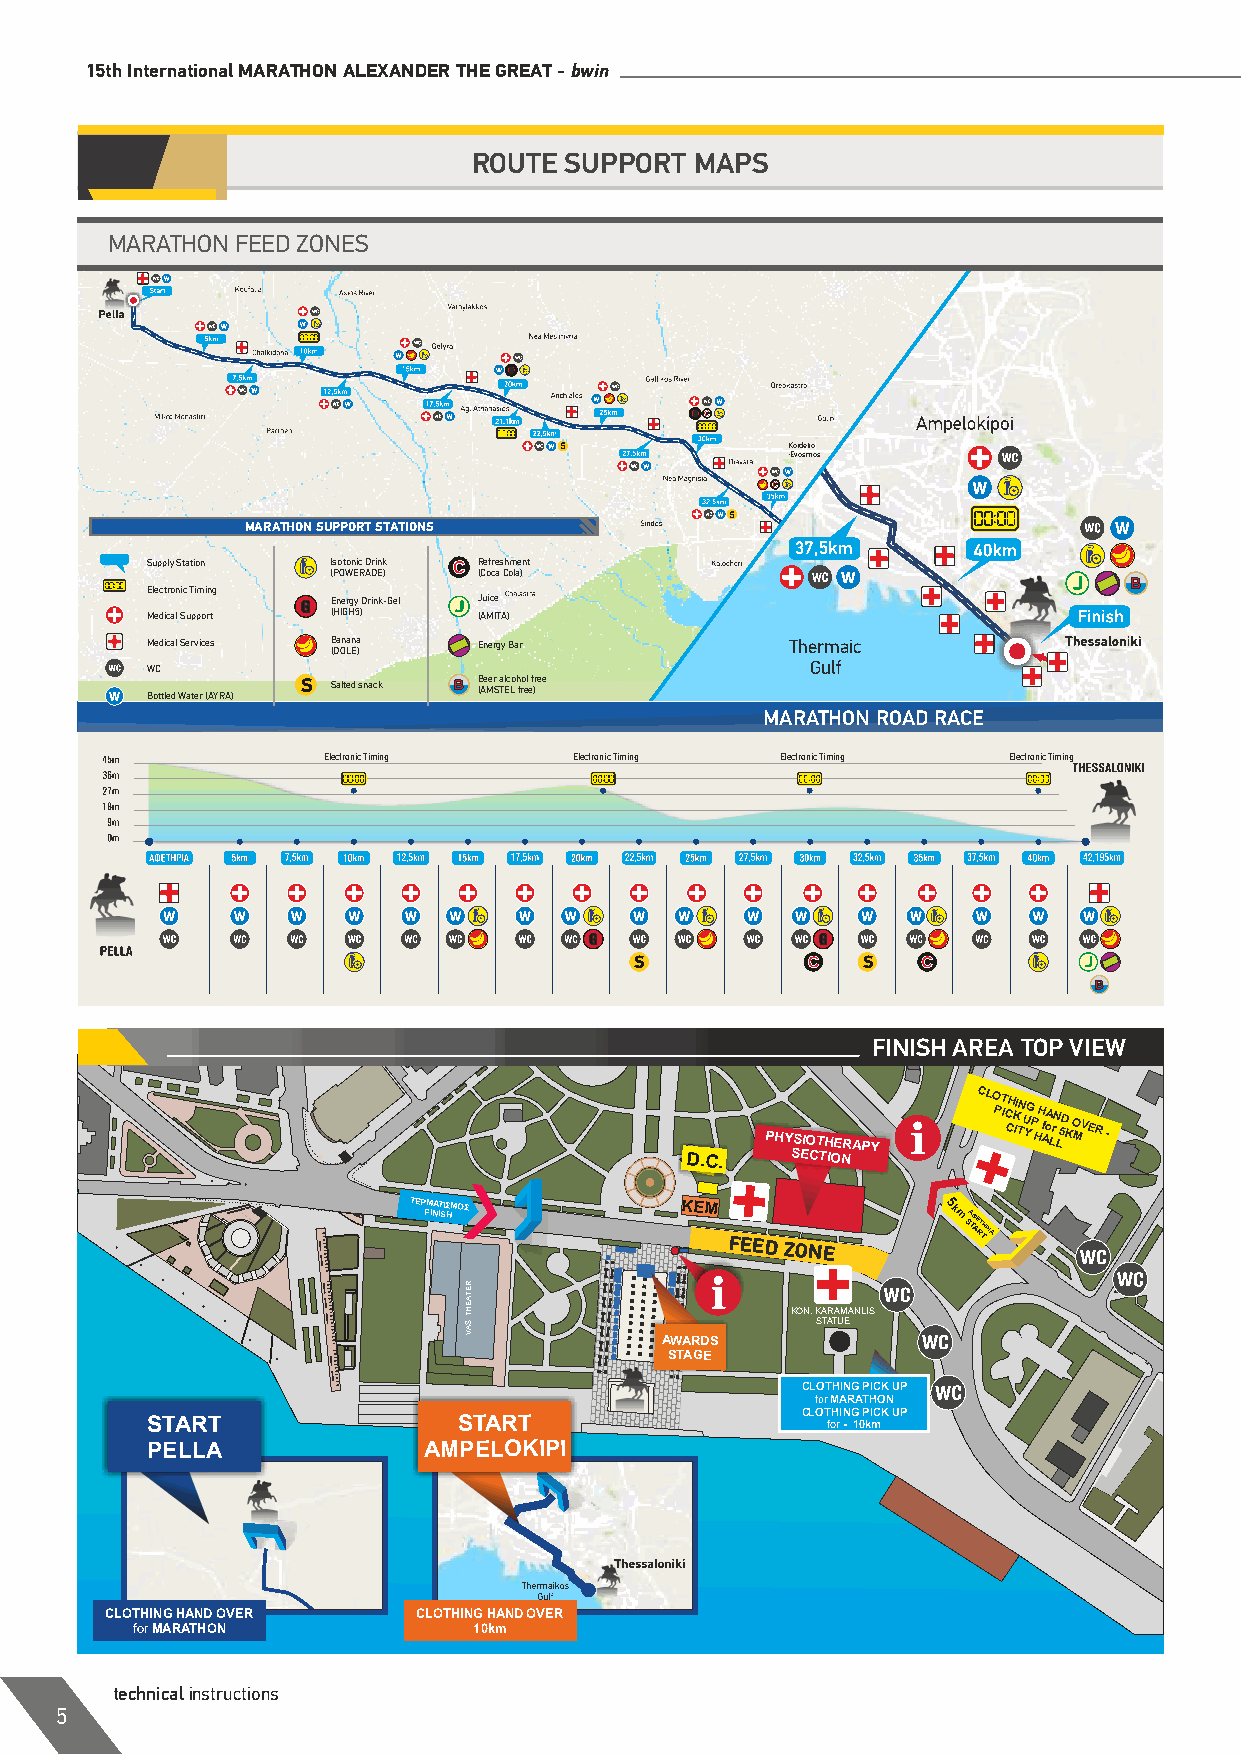
15th International MARATHON ALEXANDER THE GREAT - bwin
 ROUTE SUPPORT  MAPS
 MARATHON FEED ZONES
 Kordelio
 -Evosmos
 21.1km
 S
 S              Kordelio
 -Evosmos
 S
 MARATHON SUPPORT STATIONS
 Supply Station Isotonic Drink Refreshment         bar B
 (POWERADE) (Coca Cola)
 B
 Electronic Timing
 Energy Drink-Gel Juice
 Medical Support (HIGH5) (AMITA)
 Medical Services Banana Energy Bar        Thermaic
 (DOLE)
 WC                                          Gulf
 Bottled Water (AYRA) S Salted snack B (B Ae Mer S a Tl Ec Lo h fro el e f )ree
 MARATHON ROAD RACE
 Electronic Timing Electronic Timing Electronic Timing Electronic Timing
 S              S
 B
 FINISH AREA TOP VIEW
 D.C.
 PHY SS EIO CT TH IOE NRAPY
 CLO
 PT IC CH K II TN U YG P H H AfoA LrN L 5D K O MV ER -
 ΤΕΡ FΜ INΑ IΤ SΙΣ HΜΟΣ ΚΕΜ
 FEED ZONE
 5k
 m SΑ TΦ AΕ RΤ TΗ ΡΙΑ
 KON. KARAMANLIS
 STATUE
 AWARDS
 STAGE
 CLOTHING PICK UP
 for MARATHON
 START               START                  CLOT foH rI N - G 1 0P kI mCK UP
 PELLA             AMPELOKIPI
 CLOTHING HAND OVER   CLOTHING HAND OVER
 for MARATHON          10km
 technical instructions
 5
 RETAEHT
 .SAV